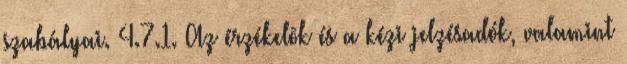
szabályai. 4.7.1. Az érzékelõk és a kézi jelzésadók, valamint